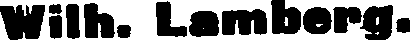
Wilh. Lamberg.